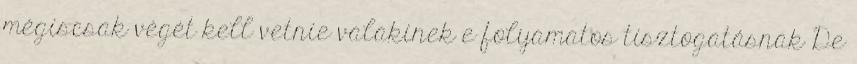
mégiscsak végét kell vetnie valakinek e folyamatos tisztogatásnak De